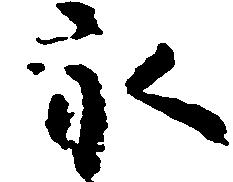
永